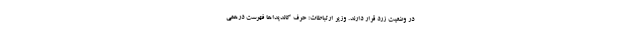
در وضعیت زرد قرار دارند. وزیر ارتباطات: حرف کاندیداها فهرست درهمی